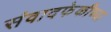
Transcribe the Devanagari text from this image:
संवादफेकीच्या